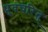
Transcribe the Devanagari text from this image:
ध्रुवचरित्